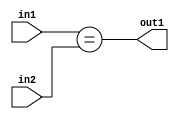
`timescale 1ps / 1ps
/*****************************************************************************
    Verilog RTL Description
    
    
    Created by: Stratus DpOpt 2019.1.01 
*******************************************************************************/

module pw_feature_addr_gen_Equal_16Ux5U_1U_4_0 (
	in2,
	in1,
	out1
	); /* architecture "behavioural" */ 
input [15:0] in2;
input [4:0] in1;
output  out1;
wire  asc001;

assign asc001 = (in1==in2);

assign out1 = asc001;
endmodule

/* CADENCE  ubDySws= : u9/ySgnWtBlWxVPRXgAZ4Og= ** DO NOT EDIT THIS LINE ******/